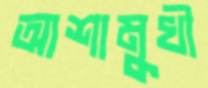
আশামুখী